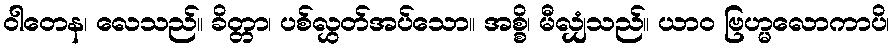
ဝါတေန၊ လေသည်။ ခိတ္တာ၊ ပစ်လွှတ်အပ်သော။ အစ္စိ၊ မီလျှံသည်။ ယာဝ ဗြဟ္မလောကာပိ၊